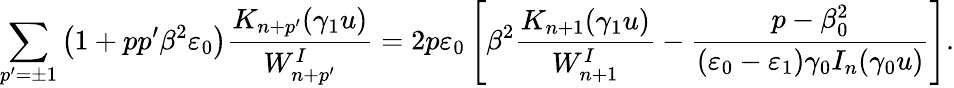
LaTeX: \sum_{p^{\prime}=\pm 1}\left(1+pp^{\prime}\beta^{2}\varepsilon_{0}\right)\frac{K_{n+p^{\prime}}(\gamma_{1}u)}{W_{n+p^{\prime}}^{I}}=2p\varepsilon_{0}\left[\beta^{2}\frac{K_{n+1}(\gamma_{1}u)}{W_{n+1}^{I}}-\frac{p-\beta_{0}^{2}}{\left(\varepsilon_{0}-\varepsilon_{1}\right)\gamma_{0}I_{n}(\gamma_{0}u)}\right].